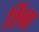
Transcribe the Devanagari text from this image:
शिंबा